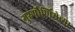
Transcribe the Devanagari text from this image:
गुरुपौर्णिमेच्या